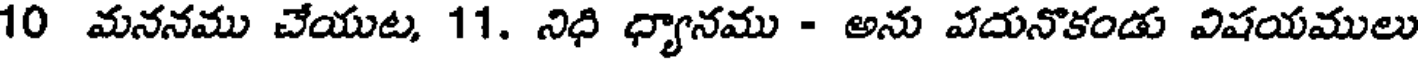
10 మననము చేయుట, 11. నిధి ధ్యానము - అను వదునొకండు విషయములు